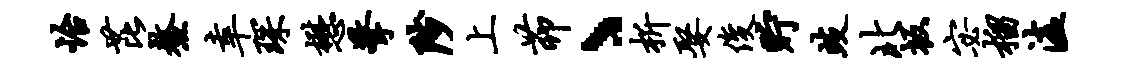
怡芘鳌幸琛懋擎陟上茆丶析娶俊贮歧北坂宓榴溘